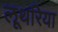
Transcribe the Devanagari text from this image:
लूथरिया